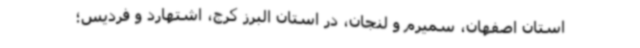
استان اصفهان، سمیرم و لنجان، در استان البرز کرج، اشتهارد و فردیس؛